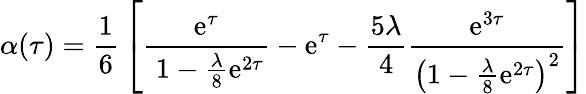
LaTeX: \alpha(\tau)={\frac{1}{6}}\left[{\frac{\mathrm{e}^{\tau}}{\ 1-{\frac{\lambda}{8}}\mathrm{e}^{2\tau}}}-\mathrm{e}^{\tau}-{\frac{5\lambda}{4}}{\frac{\mathrm{e}^{3\tau}}{\left(1-{\frac{\lambda}{8}}\mathrm{e}^{2\tau}\right)^{2}}}\right]